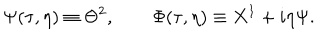
\Psi ( \tau , \eta ) \equiv \Theta ^ { 2 } , \qquad \Phi ( \tau , \eta ) \equiv X ^ { 1 } + i \eta \Psi .